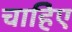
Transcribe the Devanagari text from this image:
चाहिेए